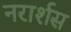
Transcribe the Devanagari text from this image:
नरार्शस